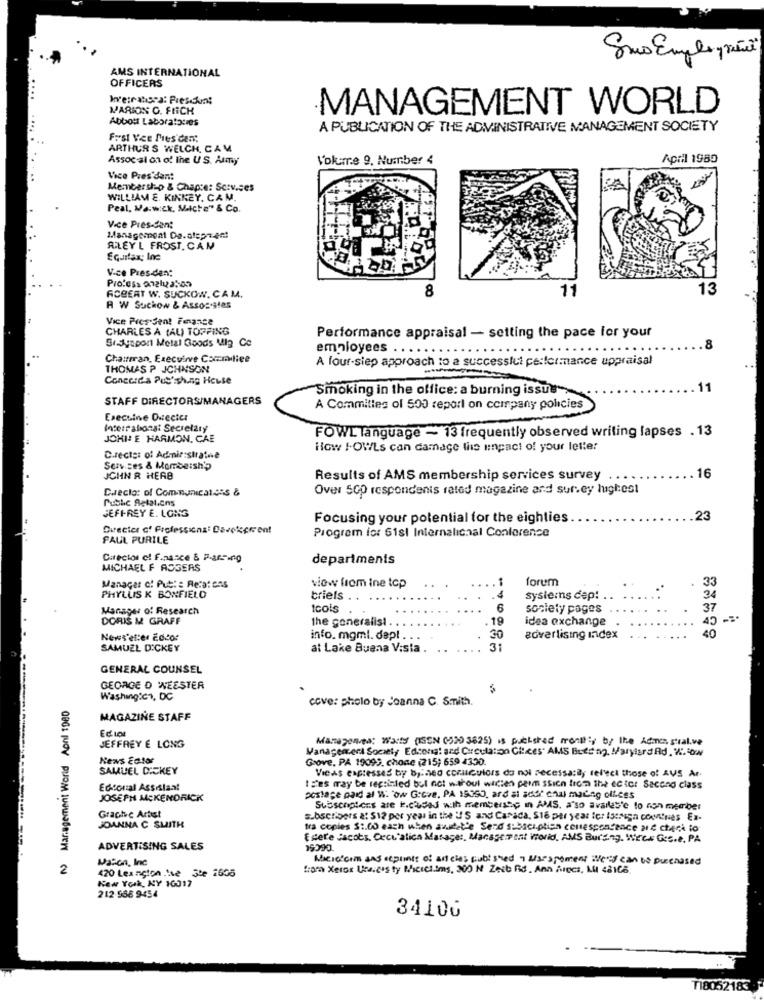
Sous Emple grã
AMS INTERNATIONAL
OFFICERS
hverratsoa: Preschon!
MARION C. FICK
MANAGEMENT WORLD
Abbott Laboratories
A PUBLICATION OF THE ADMINISTRATIVE MANAGEMENT SOCIETY
FosI Ve Mes'den:
ARTHUR S WELCH, CA V.
Assoc al on of the U S. Army
Volume 9. Number 4
April 1989
Vice President
Membership & Chap:e: Serv.ses
WILLIAM E. KINNEY. CAM.
Peal, Mawick, Mache" & Co.
Vice Pres-Sant
Management Da.alepr.em!
ALEYL FROST. CAM
Equifax; Ine
Vice Pres-den:
Profess onlyat-on
ACBERT W. SUCKOW, CAM.
8
11
13
A W Suchow & Associates
Vice Pres Sent France
CHARLES A (AL) TOPPING
Sryupon Metal Goods Mig Co
Performance appraisal - setting the pace for your
employees . .
8
Chairman, Execuirve Com liee
A four-siep approach to a successful performance uppraisal
THOMAS P JOHNSON
Concorda Pushishing House
11
STAFF DIRECTORS/MANAGERS
Smoking in the office: a burning issus
A Committes ol 500 report on company policies
Execuine Duectc
Interrabons: Secretary
JOHI! E HARMON. CAE
FOWL language - 13 frequently observed writing lapses . 13
How I.OWLs can damage the inpact of your letter
C.recte: of Administrative
Services & Momba:sh'?
16
JOHN R HERB
Results of AMS membership services survey
Director of Communications &
Over SGO respondents rated magazine and surey luglest
Public Relations
JEFFREY E. LONG
Focusing your potential for the eighties
23
Quecice of Professiona: Davekeren!
PAUL PURILE
Program is: 61sl Internalichal Conference
Director of Finance & P.a.R .- ing
departments
MICHAEL F ASSERS
Manager of Put: : Rera: ons
. .:
forum
33
view from ine top
PHYLLIS K BONFIELD
triels
systems dep! .
Manager of Research
tools
6
society pages
37
DORIS M GRAFF
the generalist ...
19
idea exchange
40
News'etter Fotos
info. mgml. dep!
30
advertising index
SAMUEL DICKEY
at Lake Buena V:sia
31
GENERAL COUNSEL
---
GEORGE D 'WEESTER
Management World Apnl 1980
Washington, DC
cove: pholo by Joanna C. Smith.
MAGAZINE STAFF
Manageres: Waty (ISSN (530 3625) is published monthly by the Adance stral.ve
JEFFREY E LONG
Management Society Edcong! ard Circulation Ciees. AMS Buts og, Maryland Rd . W. O
News Ector
Grove, PA 19099. chone (215; 659 4330.
SAMUEL DICKEY
Viens expresses by by:ned corucuioss do not necessarily rel'ect those of AUS Ar.
Eccoual Assistant
BEes may be reprinted but not without wicten pein ssich from the ec tor Second class
JOSEPH MCKENDRICK
postage paid al W: "ow Grove, PA 15350, ard al addr chal madag offices
Graphic Artist
Subscnptens are k.cadad with membersto in AMS, a'so avalles'e to non member
subscribers a: S12 per year in the US and Canada, Ste per year for Istsign com!nies Ex-
JOANNA C SMITH
tra copies $ :. 00 each when ausdet'e Send subsciption conesponcence 21 € check to
Essere Jacobs, Cecu'alica Masage :, Manage:Pent Vorid. AMS Bursing. Weck Ges.e. PA
ADVERTISING SALES
Mason, Inc
Macicicom and expoints of art cies cubi shed a Wisespoment :We'd can be purchased
2
420 Leanglon Ise Ste 1605
from Xerox Unwie's ty Micrel.ims, 200 N Zeit Rd. Ann Arecs, Lul 48166.
New York, NY 10017
212-556 9454
3410G
T18052183